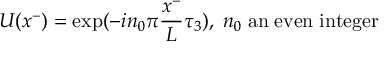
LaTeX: U ( x ^ { - } ) = \exp ( { - i n _ { 0 } \pi { \frac { x ^ { - } } { L } } \tau _ { 3 } ) } , \; n _ { 0 } \; \mathrm { { a n \; e v e n \; i n t e g e r } }